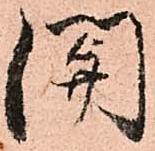
関